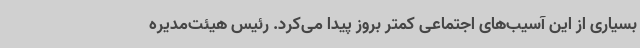
بسیاری از این آسیب‌های اجتماعی کمتر بروز پیدا می‌کرد. رئیس هیئت‌مدیره